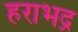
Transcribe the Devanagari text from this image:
हराभद्र